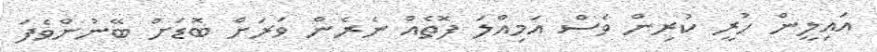
އައިލީން ހުރީ ކުރިން ވެސް އަމިއްލަ ފޮތެއް ނެރެން ވަރަށް ބޮޑަށް ބޭނުންވެފަ